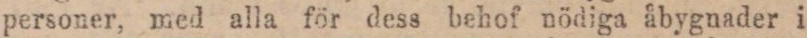
personer, med alla för dess behof nödiga åbygnader i